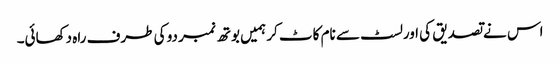
اس نے تصدیق کی اورلسٹ سے نام کاٹ کر ہمیں بوتھ نمبر دو کی طرف راہ دکھائی۔